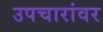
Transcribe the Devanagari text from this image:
उपचारांवर